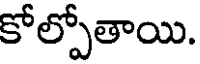
కోల్పోతాయి.